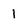
Character: 1